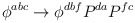
\begin{align*}\phi^{abc} \rightarrow \phi^{dbf} P^{da} P^{fc}\end{align*}